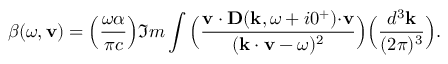
\beta ( \omega , { \bf v } ) = \Big ( { \frac { \omega \alpha } { \pi c } } \Big ) \Im m \int \Big ( { \frac { { \bf v \cdot D } ( { \bf k } , \omega + i 0 ^ { + } ) { \bf \cdot v } } { ( { \bf k \cdot v } - \omega ) ^ { 2 } } } \Big ) \Big ( { \frac { d ^ { 3 } { \bf k } } { ( 2 \pi ) ^ { 3 } } } \Big ) .